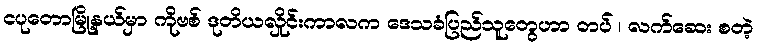
ငပုတောမြို့နယ်မှာ ကိုဗစ် ဒုတိယလှိုင်းကာလက ဒေသခံပြည်သူတွေဟာ တပ် ၊ လက်ဆေး စတဲ့